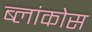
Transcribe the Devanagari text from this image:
ब्लांकोस